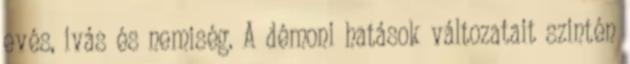
evés, ivás és nemiség. A démoni hatások változatait szintén